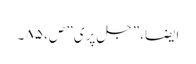
ایضاََ،”جل پری” ص، ۸۵۔